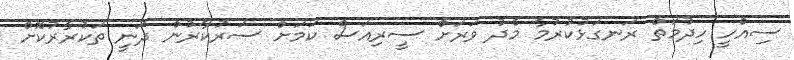
ސިއްހީ ހިދުމަތް ރަނގަޅުކުރުމާ މެދު ވަރަށް ސީރިއަސް ކަމަށް ސަރުކާރުން ދަނީ ތަކުރާރުކޮށް